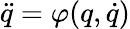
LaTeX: \ddot{q}=\varphi(q,\dot{q})